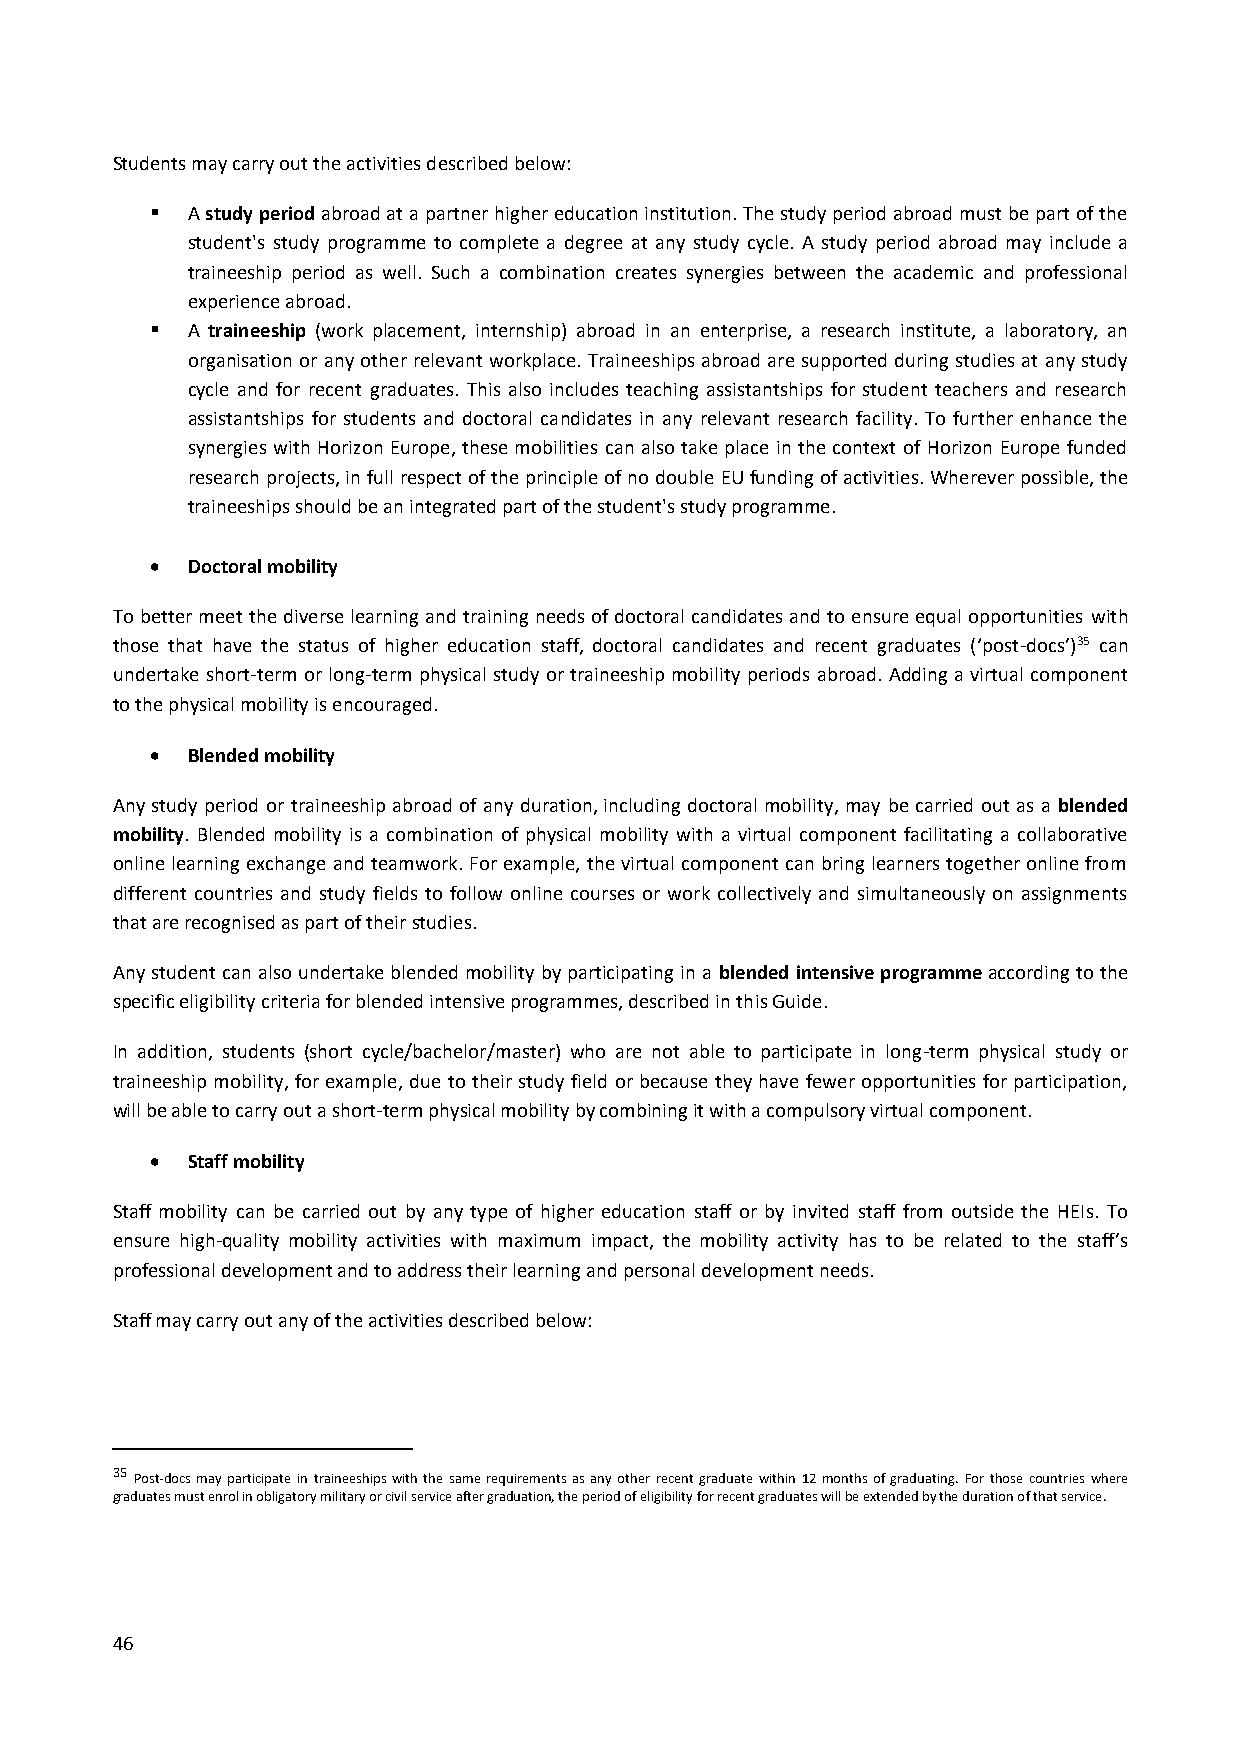
Students may carry out the activities described below:
  A study period abroad at a partner higher education institution. The study period abroad must be part of the
 student's study programme to complete a degree at any study cycle. A study period abroad may include a
 traineeship period as well. Such a combination creates synergies between the academic and professional
 experience abroad.
  A traineeship (work placement, internship) abroad in an enterprise, a research institute, a laboratory, an
 organisation or any other relevant workplace. Traineeships abroad are supported during studies at any study
 cycle and for recent graduates. This also includes teaching assistantships for student teachers and research
 assistantships for students and doctoral candidates in any relevant research facility. To further enhance the
 synergies with Horizon Europe, these mobilities can also take place in the context of Horizon Europe funded
 research projects, in full respect of the principle of no double EU funding of activities. Wherever possible, the
 traineeships should be an integrated part of the student's study programme.
  Doctoral mobility
 To better meet the diverse learning and training needs of doctoral candidates and to ensure equal opportunities with
 those that have the status of higher education staff, doctoral candidates and recent graduates (‘post-docs’)35 can
 undertake short-term or long-term physical study or traineeship mobility periods abroad. Adding a virtual component
 to the physical mobility is encouraged.
  Blended mobility
 Any study period or traineeship abroad of any duration, including doctoral mobility, may be carried out as a blended
 mobility. Blended mobility is a combination of physical mobility with a virtual component facilitating a collaborative
 online learning exchange and teamwork. For example, the virtual component can bring learners together online from
 different countries and study fields to follow online courses or work collectively and simultaneously on assignments
 that are recognised as part of their studies.
 Any student can also undertake blended mobility by participating in a blended intensive programme according to the
 specific eligibility criteria for blended intensive programmes, described in this Guide.
 In addition, students (short cycle/bachelor/master) who are not able to participate in long-term physical study or
 traineeship mobility, for example, due to their study field or because they have fewer opportunities for participation,
 will be able to carry out a short-term physical mobility by combining it with a compulsory virtual component.
  Staff mobility
 Staff mobility can be carried out by any type of higher education staff or by invited staff from outside the HEIs. To
 ensure high-quality mobility activities with maximum impact, the mobility activity has to be related to the staff’s
 professional development and to address their learning and personal development needs.
 Staff may carry out any of the activities described below:
 35 Post-docs may participate in traineeships with the same requirements as any other recent graduate within 12 months of graduating. For those countries where
 graduates must enrol in obligatory military or civil service after graduation, the period of eligibility for recent graduates will be extended by the duration of that service.
 46